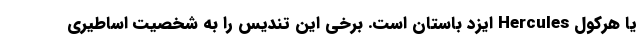
یا هرکول Hercules ایزد باستان است. برخی این تندیس را به شخصیت اساطیری